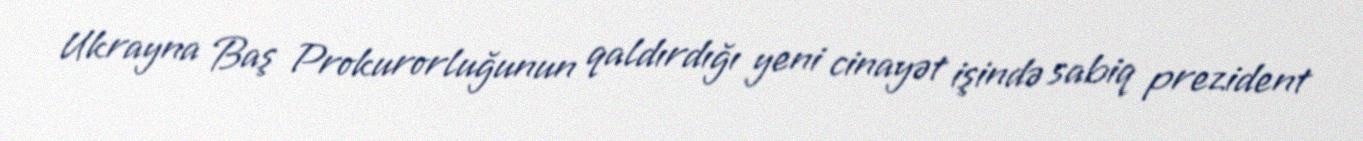
Ukrayna Baş Prokurorluğunun qaldırdığı yeni cinayət işində sabiq prezident